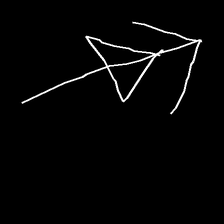
Glyph: pull